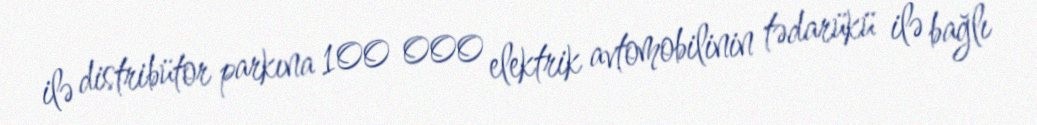
ilə distribütor parkına 100 000 elektrik avtomobilinin tədarükü ilə bağlı